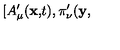
\lbrack A _ { \mu } ^ { \prime } ( \mathbf { x , } t ) , \pi _ { \nu } ^ { \prime } ( \mathbf { y , }